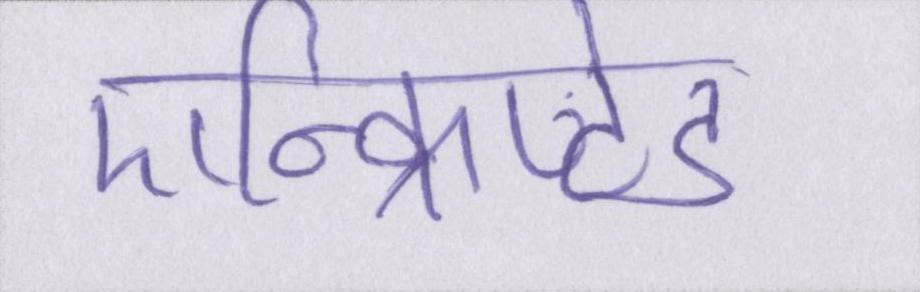
एन्क्रिप्टेड